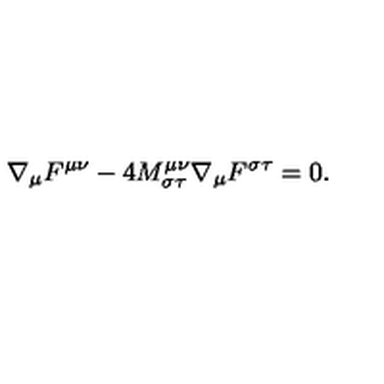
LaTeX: \nabla _ { \mu } F ^ { \mu \nu } - 4 M _ { \sigma \tau } ^ { \mu \nu } \nabla _ { \mu } F ^ { \sigma \tau } = 0 .